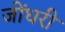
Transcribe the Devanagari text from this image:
जोंधरी